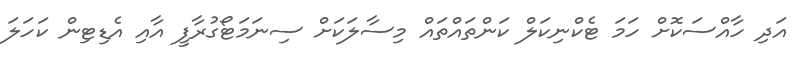
އަދި ހާއްސަކޮށް ހަމަ ޓެކްނިކަލް ކަންތައްތައް މިސާލަކަށް ސިނަމަޓޯގުރާފީ އާއި އެޑިޓިން ކަހަލަ